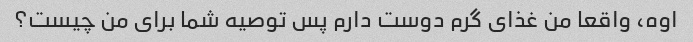
اوه، واقعا من غذای گرم دوست دارم پس توصیه شما برای من چیست؟